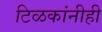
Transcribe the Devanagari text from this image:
टिळकांनीही